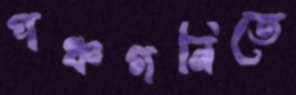
পঞ্চগনিতে